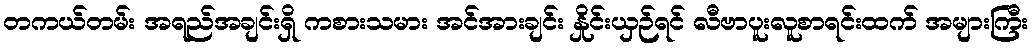
တကယ်တမ်း အရည်အချင်းရှိ ကစားသမား အင်အားချင်း နှိုင်းယှဉ်ရင် လီဗာပူးလူစာရင်းထက် အများကြီး